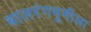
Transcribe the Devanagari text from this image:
बालरंगभूमीला